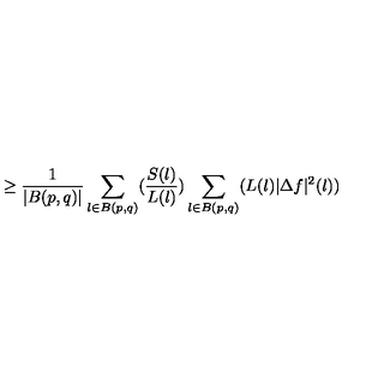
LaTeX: \geq \frac { 1 } { | B ( p , q ) | } \sum _ { l \in B ( p , q ) } ( \frac { S ( l ) } { L ( l ) } ) \sum _ { l \in B ( p , q ) } ( L ( l ) | \Delta f | ^ { 2 } ( l ) )